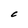
Character: C